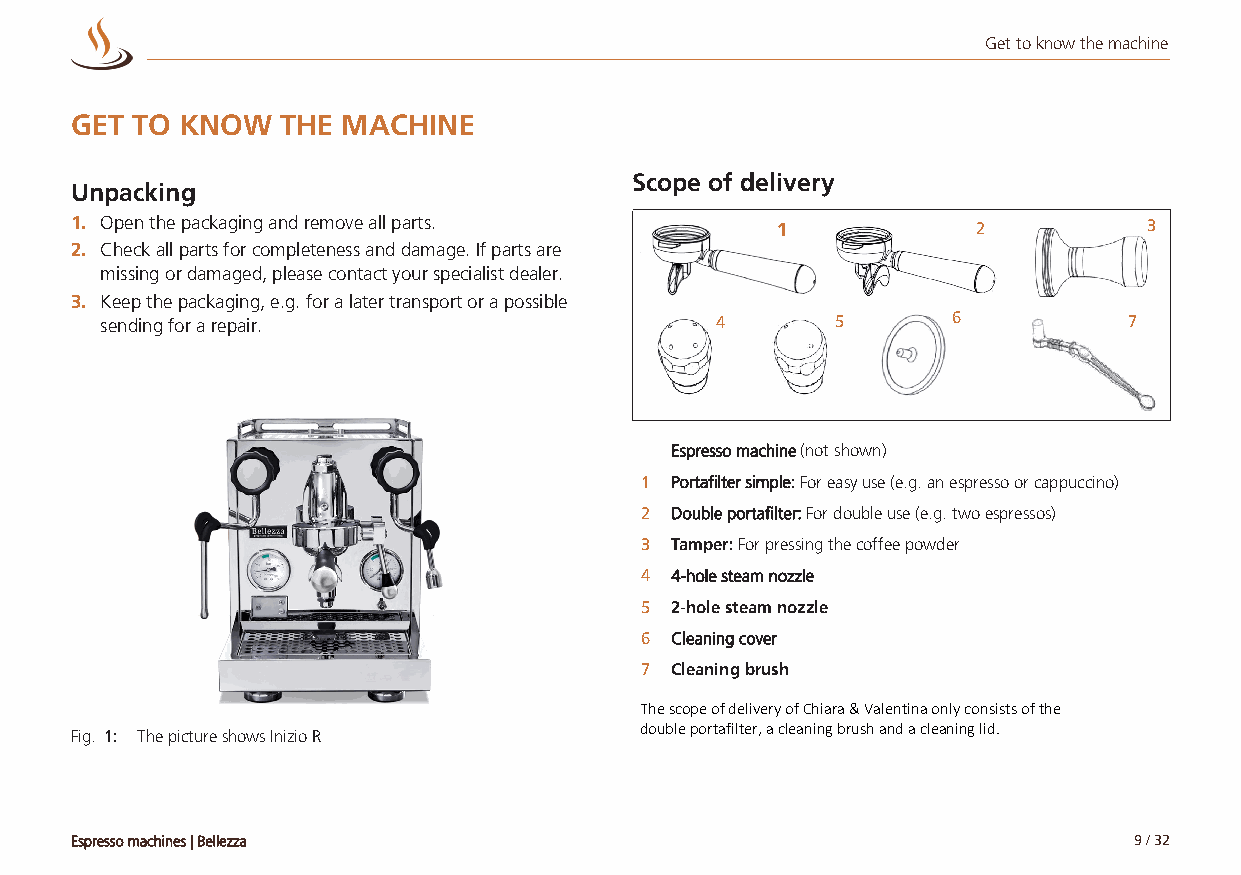
Get to know the machine
 GET TO KNOW   THE MACHINE
 Scope of delivery
 Unpacking
 1. Open the packaging and remove all parts.   11            2          3
 2. Check all parts for completeness and damage. If parts are
 missing or damaged, please contact your specialist dealer.
 3. Keep the packaging, e.g. for a later transport or a possible
 sending for a repair.                   4       5       6           7
 Espresso machine (not shown)
 1 Portafilter simple: For easy use (e.g. an espresso or cappuccino)
 2 Double portafilter: For double use (e.g. two espressos)
 3 Tamper: For pressing the coffee powder
 4 4-hole steam nozzle
 5 2-hole steam nozzle
 6 Cleaning cover
 7 Cleaning brush
 The scope of delivery of Chiara & Valentina only consists of the
 double portafilter, a cleaning brush and a cleaning lid.
 Fig. 1: The picture shows Inizio R
 Espresso machines | Bellezza                                          9 / 32